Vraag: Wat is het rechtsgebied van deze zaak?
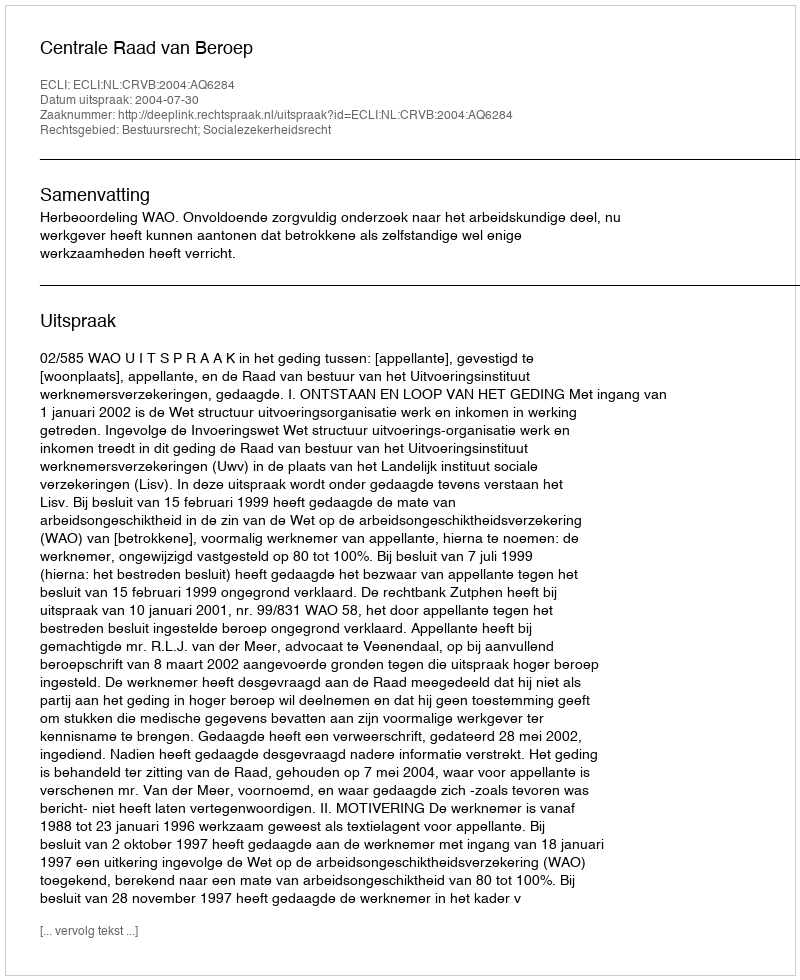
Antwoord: Bestuursrecht; Socialezekerheidsrecht